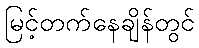
မြင့်တက်နေချိန်တွင်